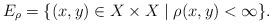
LaTeX: \begin{align*}E_\rho = \{(x,y) \in X \times X \mid \rho(x,y) < \infty \}.\end{align*}